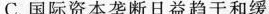
C.国际资本垄断日益趋于和缓